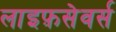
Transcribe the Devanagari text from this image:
लाइफ़सेवर्स